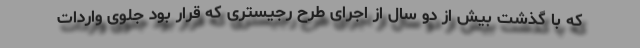
که با گذشت بیش از دو سال از اجرای طرح رجیستری که قرار بود جلوی واردات